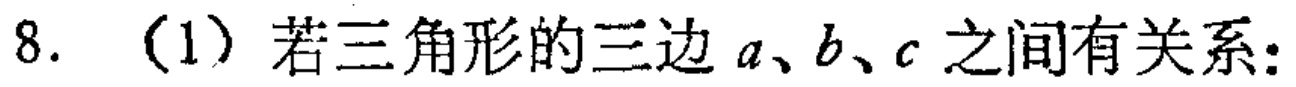
8. （1）若三角形的三边\(a、b、c\)之间有关系：